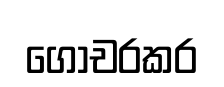
ගෝචරකර